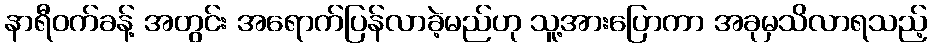
နာရီဝက်ခန့် အတွင်း အရောက်ပြန်လာခဲ့မည်ဟု သူ့အားပြောကာ အခုမှသိလာရသည့်